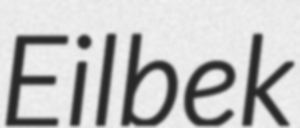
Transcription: Eilbek